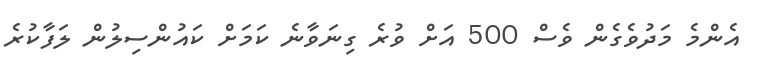
އެންމެ މަދުވެގެން ވެސް 500 އަށް ވުރެ ގިނަވާނެ ކަމަށް ކައުންސިލުން ލަފާކުރެ